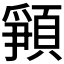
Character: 𩓞